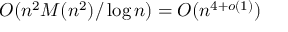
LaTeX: O ( n ^ { 2 } M ( n ^ { 2 } ) / \log { n } ) = O ( n ^ { 4 + o ( 1 ) } )